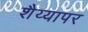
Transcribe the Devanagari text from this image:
शैय्यापर